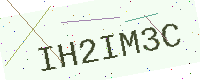
Text: IH2IM3C